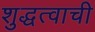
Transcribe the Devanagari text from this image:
शुद्धत्वाची